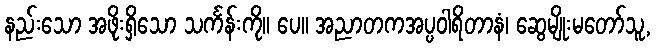
နည်းသော အဖိုးရှိသော သင်္ကန်းကို။ ပေ။ အညာတကအပ္ပဝါရိတာနံ၊ ဆွေမျိုးမတော်သူ,